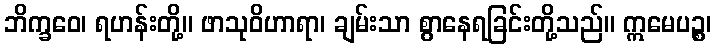
ဘိက္ခဝေ၊ ရဟန်းတို့။ ဖာသုဝိဟာရာ၊ ချမ်းသာ စွာနေရခြင်းတို့သည်။ ဣမေပဉ္စ၊